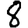
Digit: 8